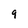
Character: 9